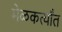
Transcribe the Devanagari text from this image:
मेळकर्त्यांत